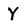
Character: Y